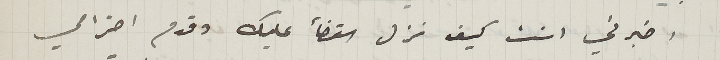
اخبرني انت كيف نزل القضأ عليك وقدم احترامي